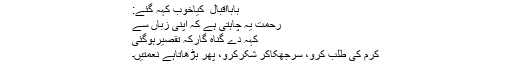
بابااقبال ؒ کیاخوب کہہ گئے:
رحمت یہ چاہتی ہے کہ اپنی زباں سے
کہہ دے گناہ گارکہ تقصیرہوگئی
کرم کی طلب کرو، سرجھکاکر شکرکرو، پھر بڑھاتاہے نعمتیں۔